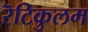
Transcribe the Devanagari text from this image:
रॆटिकुलम